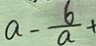
a - \frac { 6 } { a } +